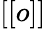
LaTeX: [[o]]